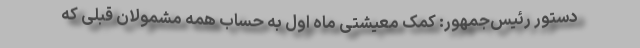
دستور رئیس‌جمهور: کمک معیشتی ماه اول به حساب همه مشمولان قبلی که